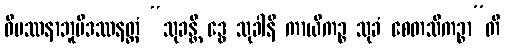
ဝိပဿနာဘူမိဒဿနတ္ထံ “သုခန္တိ ဒွေ သုခါနိ ကာယိကဉ္စ သုခံ စေတသိကဉ္စာ”တိ